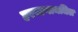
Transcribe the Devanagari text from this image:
हरयाणामधिल